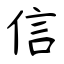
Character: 信